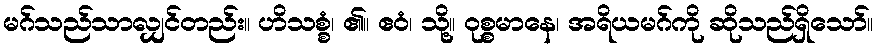
မဂ်သည်သာလျှင်တည်း။ ဟိသစ္စံ၊ ၏။ ဧဝံ၊ သို့။ ဝုစ္စမာနေ၊ အရိယမဂ်ကို ဆိုသည်ရှိသော်။